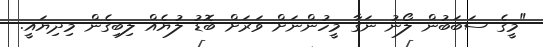
"މީގެ ސަބަބުން ލޯނު ނަގާ މީހުންނަށް ވަރަަށް ބޮޑު ލުޔެއް ލިބިގެން މިދިޔައީ.